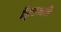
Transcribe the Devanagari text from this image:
वैकृतध्वनि